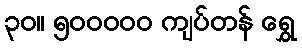
၃၀။ ၅၀၀၀၀၀ ကျပ်တန် ရွှေ